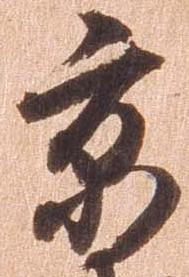
京